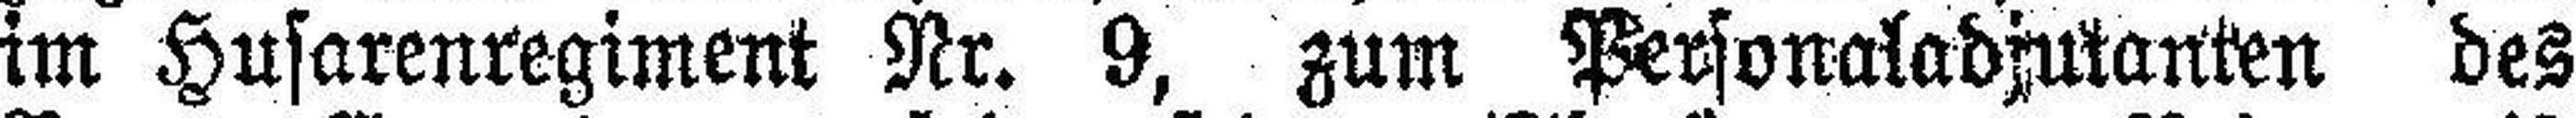
im Husarenregiment Nr. 9, zum Personaladjutanten des